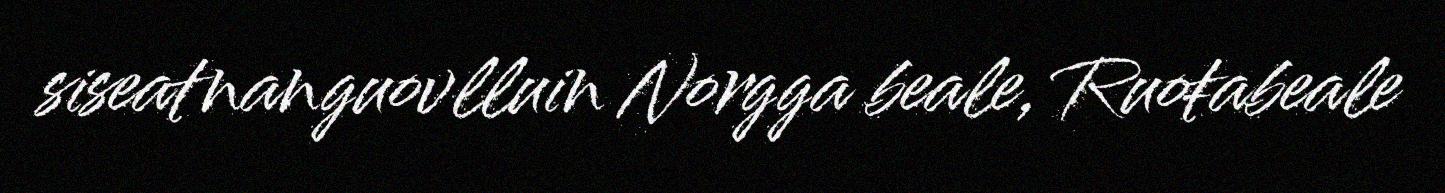
siseatnanguovlluin Norgga beale, Ruoŧabeale